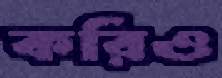
করিও